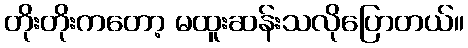
တိုးတိုးကတော့ မထူးဆန်းသလိုပြောတယ်။